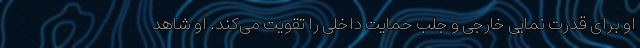
او برای قدرت نمایی خارجی و جلب حمایت داخلی را تقویت می‌کند. او شاهد